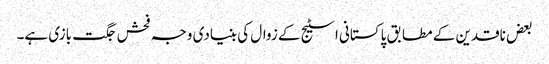
بعض ناقدین کے مطابق پاکستانی اسٹیج کے زوال کی بنیادی وجہ فحش جگت بازی ہے۔